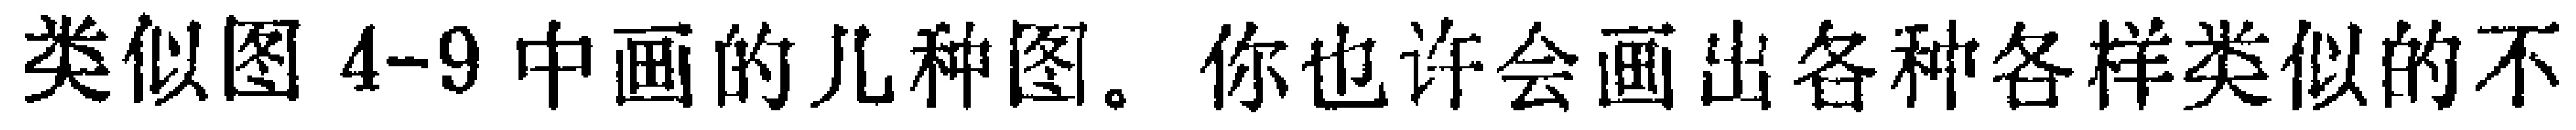
类似图 4-9 中画的几种图。你也许会画出各种各样类似的不